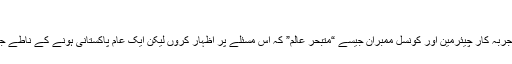
مولانا شیرانی
ویسے تو کہاں مجھ جیسا قانون اور فقہ سے نابلد ہیچمدان اور کہاں تجربہ کار چیئرمین اور کونسل ممبران جیسے “متبحر عالم” کہ اس مسئلے پر اظہار کروں لیکن ایک عام پاکستانی ہونے کے ناطے جو خیالات و سوالات ذہن میں ابھرتے ہیں ان کا اظہار ضروری ہے ۔